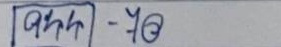
944 - 70